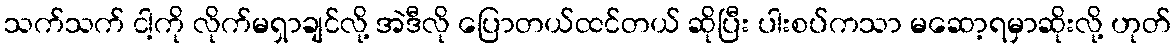
သက်သက် ငါ့ကို လိုက်မရှာချင်လို့ အဲဒီလို ပြောတယ်ထင်တယ် ဆိုပြီး ပါးစပ်ကသာ မဆော့ရမှာဆိုးလို့ ဟုတ်